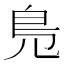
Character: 𠒎